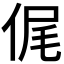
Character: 𠉜